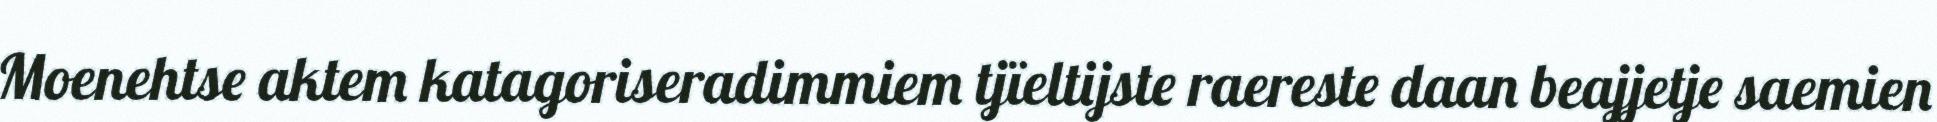
Moenehtse aktem katagoriseradimmiem tjïeltijste raereste daan beajjetje saemien